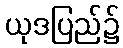
ယုဒပြည်၌